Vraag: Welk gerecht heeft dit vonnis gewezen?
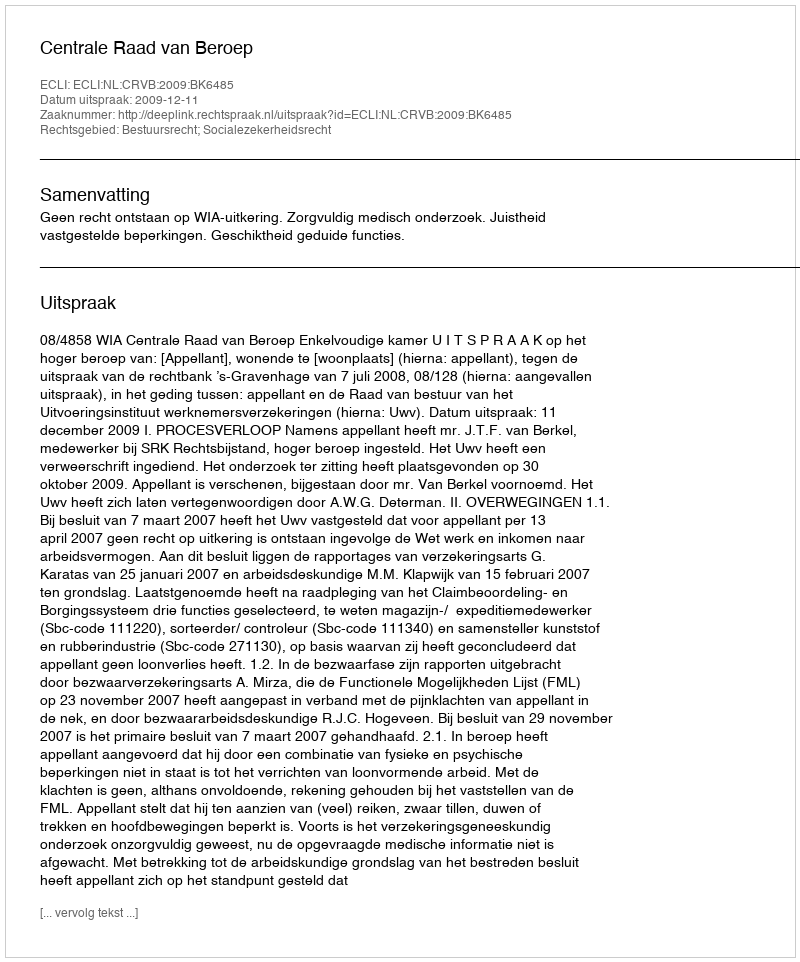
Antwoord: Centrale Raad van Beroep